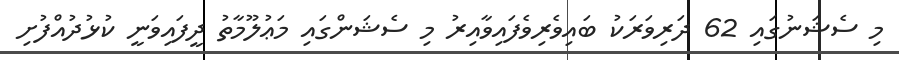
މި ސެޝަނުގައި 62 ދަރިވަރަކު ބައިވެރިވެފައިވާއިރު މި ސެޝަންގައި މަޢުލޫމާތު ދީފައިވަނީ ކުޅުދުއްފުށި